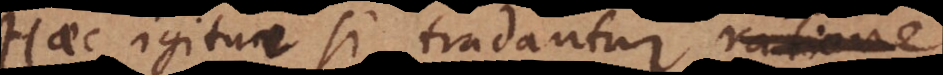
Haec igitur si tradantur ratione